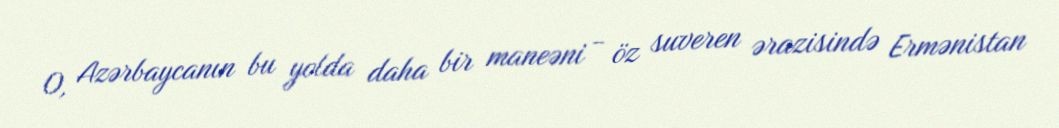
O, Azərbaycanın bu yolda daha bir maneəni - öz suveren ərazisində Ermənistan